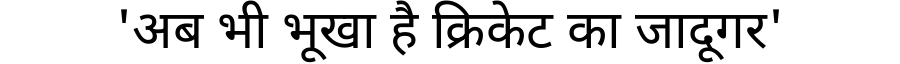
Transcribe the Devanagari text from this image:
'अब भी भूखा है क्रिकेट का जादूगर'